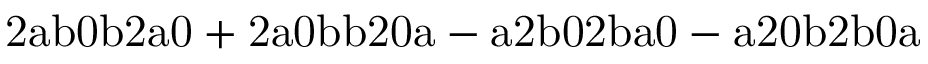
\mathrm { 2 a b 0 b 2 a 0 + 2 a 0 b b 2 0 a - a 2 b 0 2 b a 0 - a 2 0 b 2 b 0 a }